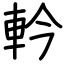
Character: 軡